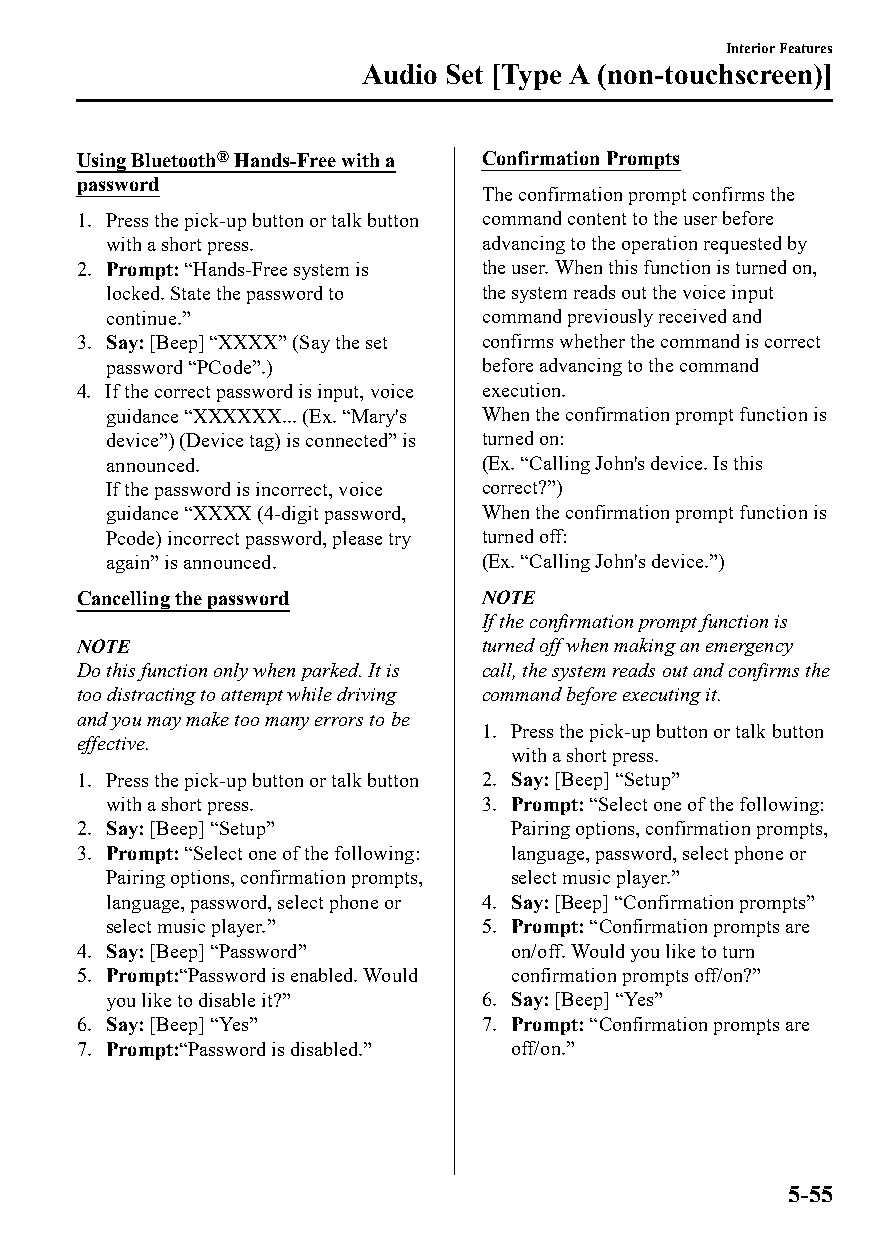
Interior Features
 Audio Set [Type A (non-touchscreen)]
 Using Bluetooth® Hands-Free with a Confirmation Prompts
 password
 The confirmation prompt confirms the
 1. Press the pick-up button or talk button command content to the user before
 with a short press.      advancing to the operation requested by
 2. Prompt: “Hands-Free system is the user. When this function is turned on,
 locked. State the password to the system reads out the voice input
 continue.”               command previously received and
 3. Say: [Beep] “XXXX” (Say the set confirms whether the command is correct
 password “PCode”.)       before advancing to the command
 4. If the correct password is input, voice execution.
 guidance “XXXXXX... (Ex. “Mary's When the confirmation prompt function is
 device”) (Device tag) is connected” is turned on:
 announced.               (Ex. “Calling John's device. Is this
 If the password is incorrect, voice correct?”)
 guidance “XXXX (4-digit password, When the confirmation prompt function is
 Pcode) incorrect password, please try turned off:
 again” is announced.     (Ex. “Calling John's device.”)
 Cancelling the password    NOTE
 If the confirmation prompt function is
 NOTE                       turned off when making an emergency
 Do this function only when parked. It is call, the system reads out and confirms the
 too distracting to attempt while driving command before executing it.
 and you may make too many errors to be
 1. Press the pick-up button or talk button
 effective.
 with a short press.
 1. Press the pick-up button or talk button 2. Say: [Beep] “Setup”
 with a short press.      3. Prompt: “Select one of the following:
 2. Say: [Beep] “Setup”       Pairing options, confirmation prompts,
 3. Prompt: “Select one of the following: language, password, select phone or
 Pairing options, confirmation prompts, select music player.”
 language, password, select phone or 4. Say: [Beep] “Confirmation prompts”
 select music player.”    5. Prompt: “Confirmation prompts are
 4. Say: [Beep] “Password”    on/off. Would you like to turn
 5. Prompt:“Password is enabled. Would confirmation prompts off/on?”
 you like to disable it?” 6. Say: [Beep] “Yes”
 6. Say: [Beep] “Yes”       7. Prompt: “Confirmation prompts are
 7. Prompt:“Password is disabled.” off/on.”
 5-55
 CX-3_8GT4-EE-18D_Edition4                  2018-9-6 18:32:19